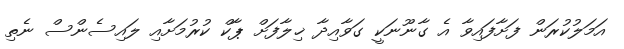
އަމަލުކުރަން ފަށާފައިވާ އެ ގާނޫނަކީ ގަވާއިދާ ޚިލާފަށް ޕާކް ކުރުމަށާއި ލައިސެންސް ނެތި